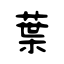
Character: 葉